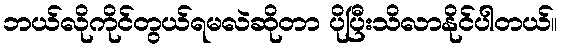
ဘယ်လိုကိုင်တွယ်ရမလဲဆိုတာ ပိုပြီးသိလာနိုင်ပါတယ်။